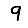
Digit: 9